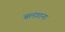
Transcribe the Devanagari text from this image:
बलंगाना